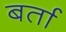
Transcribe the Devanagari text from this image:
बर्ता